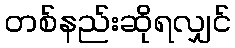
တစ်နည်းဆိုရလျှင်